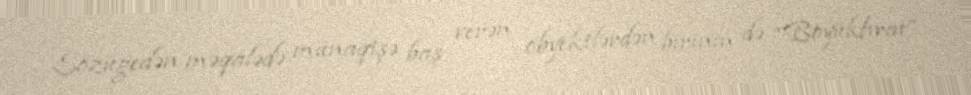
Sözügedən məqalədə münaqişə baş verən obyektlərdən birinin də “Böyükfırat”